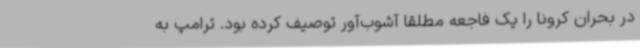
در بحران کرونا را یک فاجعه مطلقا آشوب‌آور توصیف کرده بود. ترامپ به